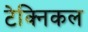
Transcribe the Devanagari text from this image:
टेक्‍िनकल